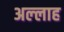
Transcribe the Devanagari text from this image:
अल्‍लाह